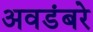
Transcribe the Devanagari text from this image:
अवडंबरे